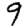
Digit: 9